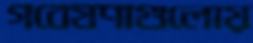
গবেষণাগুলোয়